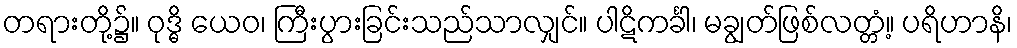
တရားတို့၌။ ဝုဒ္ဓိ ယေဝ၊ ကြီးပွားခြင်းသည်သာလျှင်။ ပါဋိကင်္ခါ၊ မချွတ်ဖြစ်လတ္တံ့။ ပရိဟာနိ၊